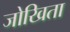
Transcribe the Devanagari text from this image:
जोखिता